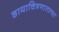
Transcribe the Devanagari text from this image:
छायाचित्रणातल्या